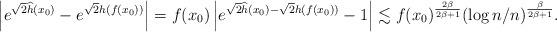
LaTeX: \begin{align*}\left| e^{\sqrt{2}\widehat{h}(x_0)} - e^{\sqrt{2}h(f(x_0))} \right| = f(x_0) \left| e^{\sqrt{2}\widehat{h}(x_0) - \sqrt{2}h(f(x_0))} - 1 \right| \lesssim f(x_0)^\frac{2\beta}{2\beta+1} (\log n/n)^{\frac{\beta}{2\beta+1}} .\end{align*}